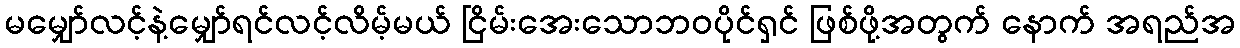
မမျှော်လင့်နဲ့မျှော်ရင်လင့်လိမ့်မယ် ငြိမ်းအေးသောဘဝပိုင်ရှင် ဖြစ်ဖို့အတွက် နောက် အရည်အ